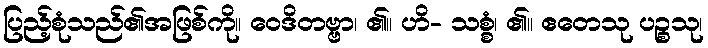
ပြည့်စုံသည်၏အဖြစ်ကို။ ဝေဒိတဗ္ဗာ၊ ၏။ ဟိ- သစ္စံ၊ ၏။ ဧတေသု ပဉ္စသု၊